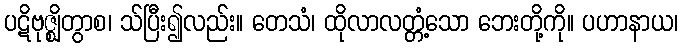
ပဋိဗုဇ္ဈိတွာစ၊ သ်ပြီး၍လည်း။ တေသံ၊ ထိုလာလတ္တံ့သော ဘေးတို့ကို။ ပဟာနာယ၊